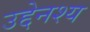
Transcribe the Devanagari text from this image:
उद्देनश्‍य